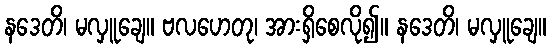
နဒေတိ၊ မလှူချေ။ ဗလဟေတု၊ အားရှိစေလို၍။ နဒေတိ၊ မလှူချေ။